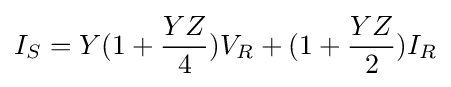
I_{S}=Y(1+{\frac {YZ}{4}})V_{R}+(1+{\frac {YZ}{2}})I_{R}